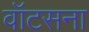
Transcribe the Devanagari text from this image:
वॉटसना